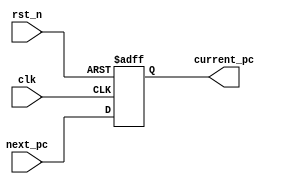
module PC (
    input             clk       ,
    input             rst_n     ,
    input      [31:0] next_pc   ,
    output reg [31:0] current_pc      
);
always @(posedge clk or negedge rst_n) begin
    if (!rst_n)
        current_pc <= -4;
    else
        current_pc <= next_pc;
end

endmodule